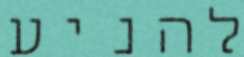
להניע